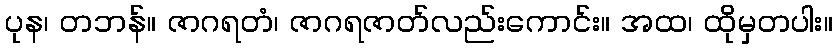
ပုန၊ တဘန်။ ဇာဂရတံ၊ ဇာဂရဇာတ်လည်းကောင်း။ အထ၊ ထိုမှတပါး။